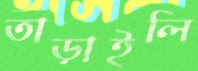
তাড়াইলি